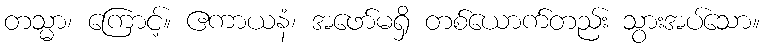
တသ္မာ၊ ကြောင့်။ ဧကာယနံ၊ အဖော်မရှိ တစ်ယောက်တည်း သွားအပ်သော။